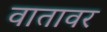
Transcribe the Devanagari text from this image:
वातावर